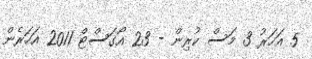
5 އަހަރު 3 މަސް ކުރިން - 23 އޯގަސްޓް 2011 އަހަރެން